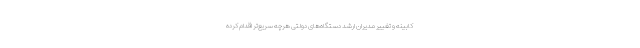
کابینه و تغییر مدیران ارشد دستگاه‌های دولتی هرچه سریع‌تر اقدام کرده